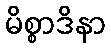
မိစ္စာဒိနာ